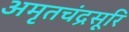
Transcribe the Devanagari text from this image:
अमृतचंद्रसूरि